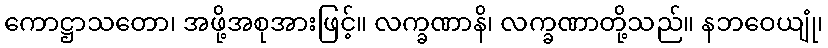
ကောဋ္ဌာသတော၊ အဖို့အစုအားဖြင့်။ လက္ခဏာနိ၊ လက္ခဏာတို့သည်။ နဘဝေယျုံ၊